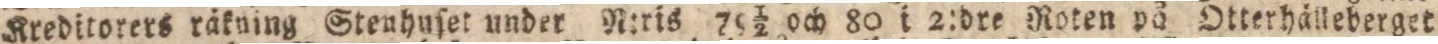
Kreditorers räkuing Steuhuset under N:ris 79½ och 80 i 2:dre Roten på Otterhälleberget